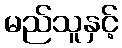
မည်သူနှင့်